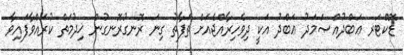
ޑޮކްޓަރ ޢަބްދުއްޞަމަދު ޢަބްދު އަކީ ދިވެހިރާއްޖެއަށް ތަފާތު ގިނަ ރޮނގުރޮނގުން ޚިދުމަތް ކުރައްވާފައިވާ